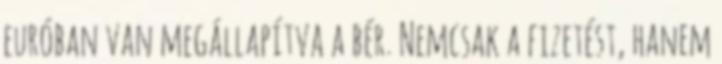
euróban van megállapítva a bér. Nemcsak a fizetést, hanem